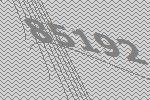
85192